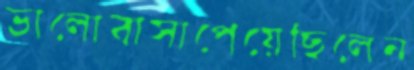
ভালোবাসাপেয়েছিলেন